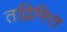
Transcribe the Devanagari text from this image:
तद्निमित्त